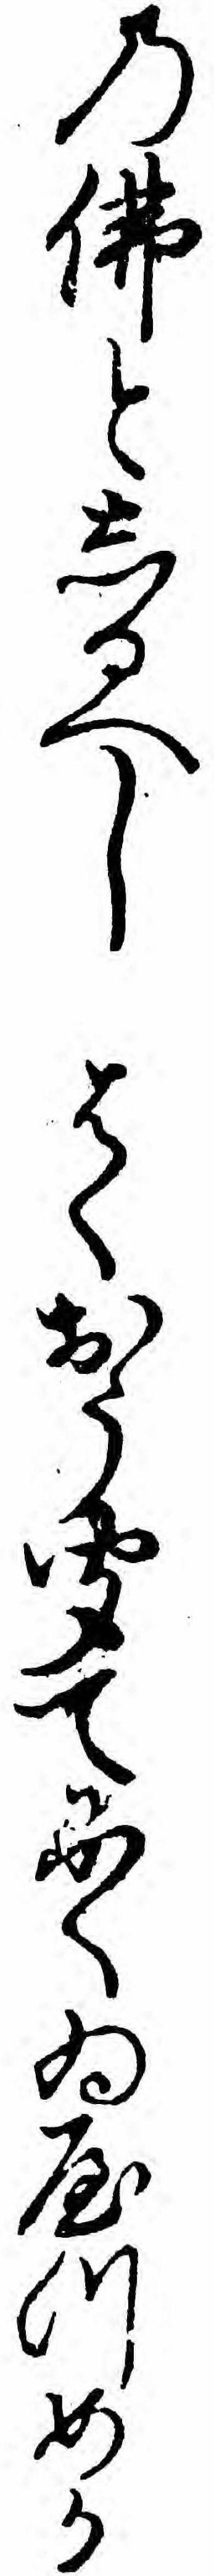
の仏としるへしはくおう聞てにくゐやつめか